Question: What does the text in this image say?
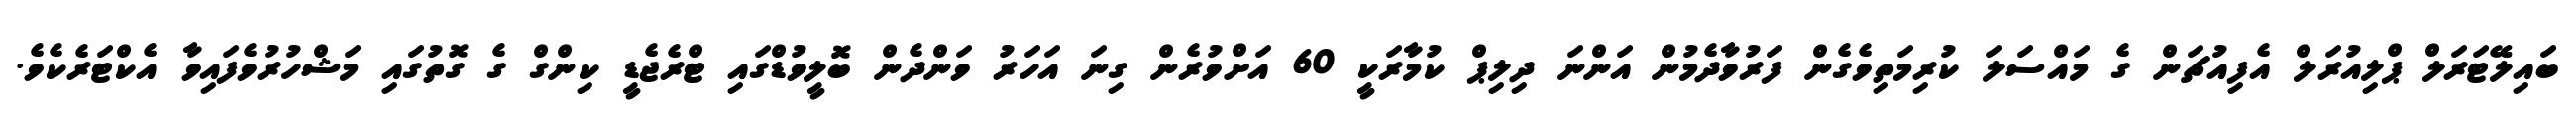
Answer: ބައިލޭޓަރަލް ޕްލިއުރަލް އެފިއުޗަން ގެ މައްސަލަ ކުރިމަތިވެގެން ފަރުވާދެމުން އަންނަ ދިލިޕް ކުމާރަކީ 60 އަށްވުރެން ގިނަ އަހަރު ވަންދެން ބޮލީވުޑްގައި ޓްރެޖެޑީ ކިންގް ގެ ގޮތުގައި މަޝްހުރުވެފައިވާ އެކްޓަރެކެވެ.